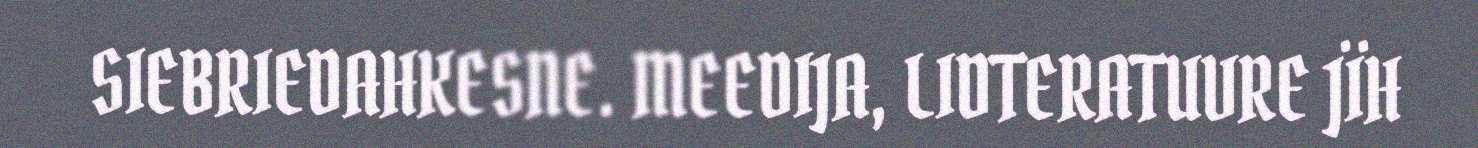
SIEBRIEDAHKESNE. MEEDIJA, LIDTERATUVRE JÏH